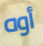
أوه